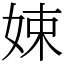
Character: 娕